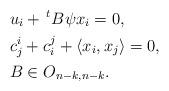
LaTeX: \begin{align*}&u_{i} + \, ^{t}B\psi x_{i} = 0, \\ &c^{i}_{j} + c^{j}_{i} + \langle x_{i}, x_{j} \rangle = 0, \\ &B \in O_{n-k,n-k}. \end{align*}